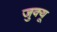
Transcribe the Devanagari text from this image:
जुक्यू